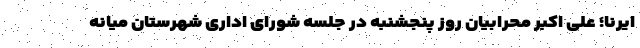
ایرنا؛ علی اکبر محرابیان روز پنجشنبه در جلسه شورای اداری شهرستان میانه